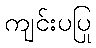
ကျင်းပပြု